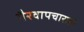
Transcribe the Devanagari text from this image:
गैरवापचाराही